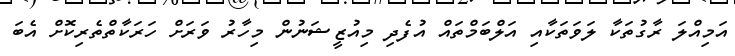
އަމިއްލަ ރާގުތަކާ ލަވަތަކާއި އަލްބަމްތައް އުފެދި މިއުޒީޝަނުން މިހާރު ވަރަށް ހަރަކާތްތެރިކޮށް އެބަ